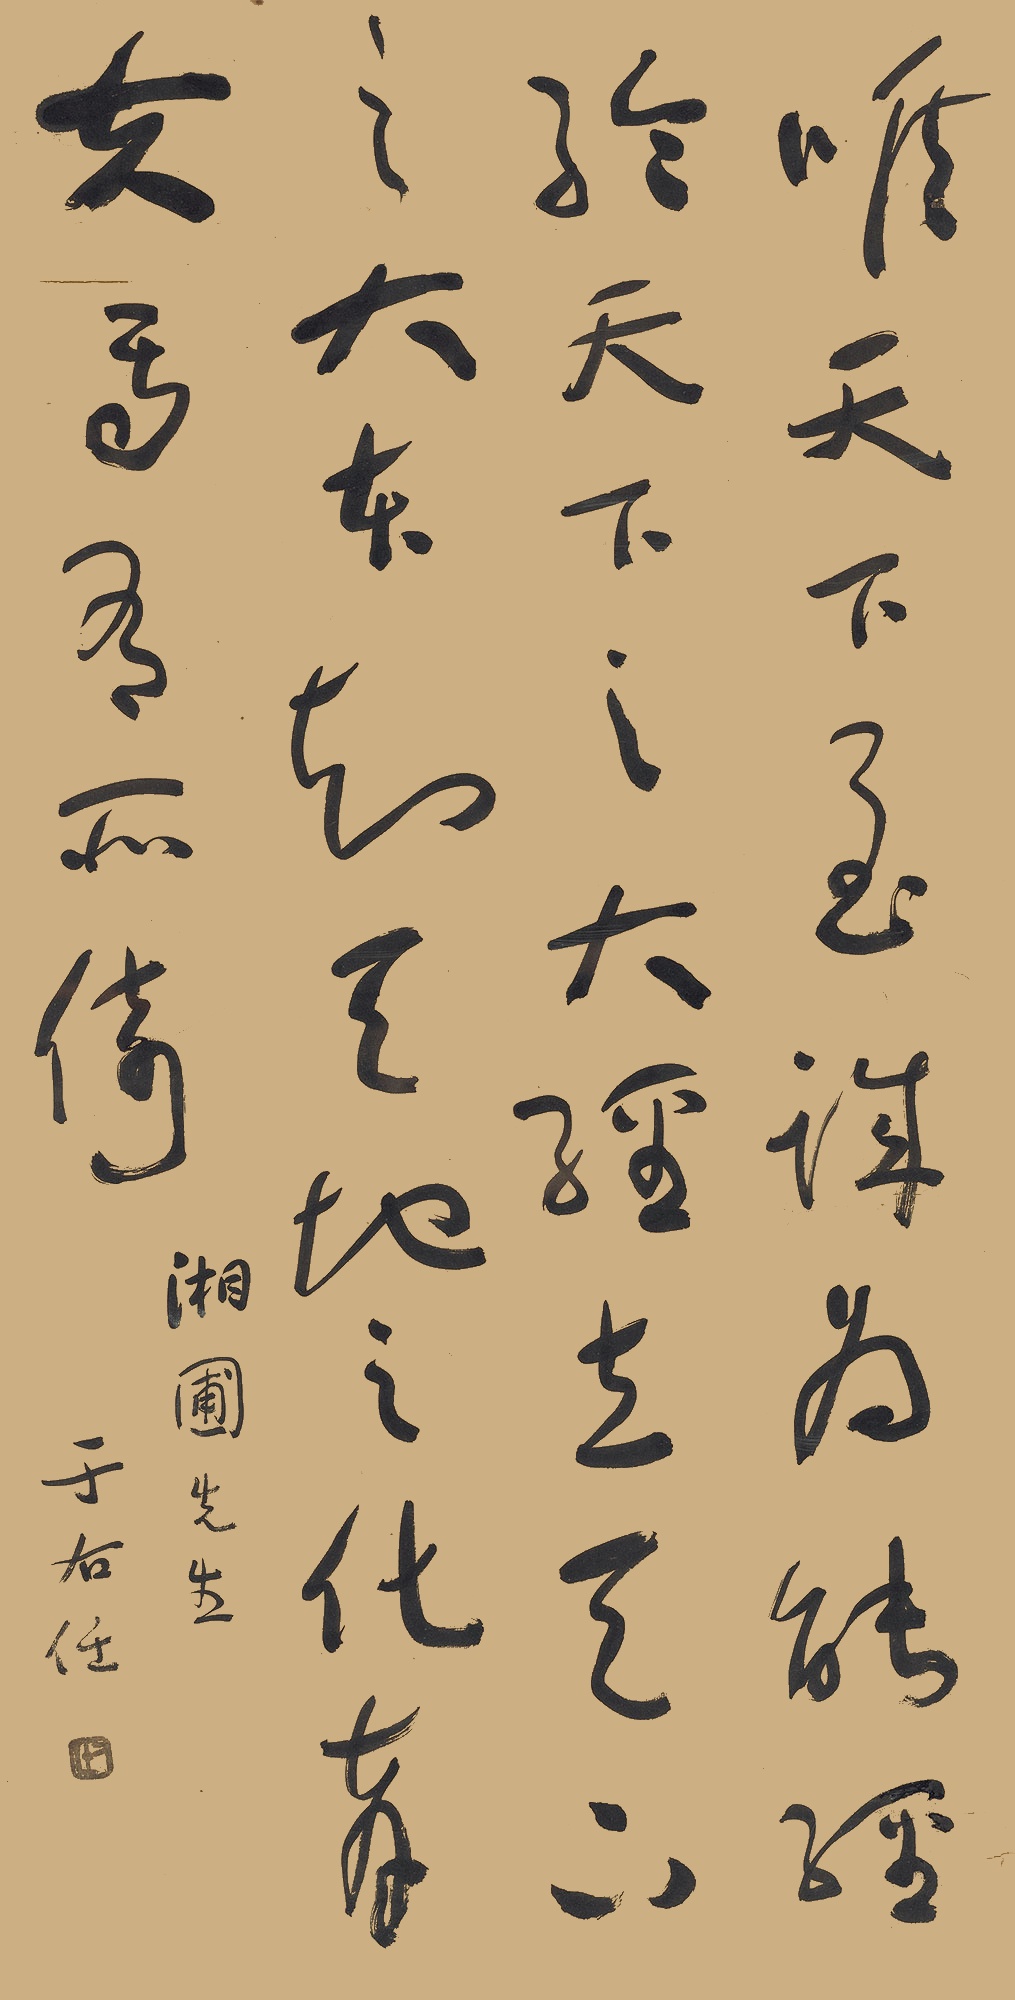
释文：唯天下至诚，为能经纶天下之大经，立天下之大本，知天地之化育，夫焉有所倚？湘圃先生。于右任。